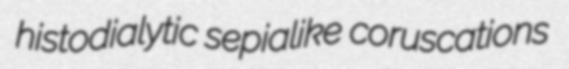
histodialytic sepialike coruscations